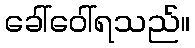
ခေါ်ဝေါ်ရသည်။